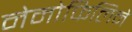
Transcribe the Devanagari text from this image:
नेमोफिलिने